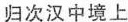
归次汉中境上